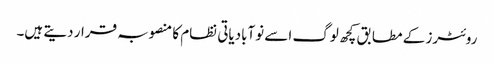
روئٹرز کے مطابق کچھ لوگ اسے نوآبادیاتی نظام کا منصوبہ قرار دیتے ہیں۔